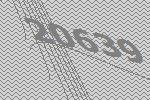
20639